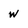
Character: w